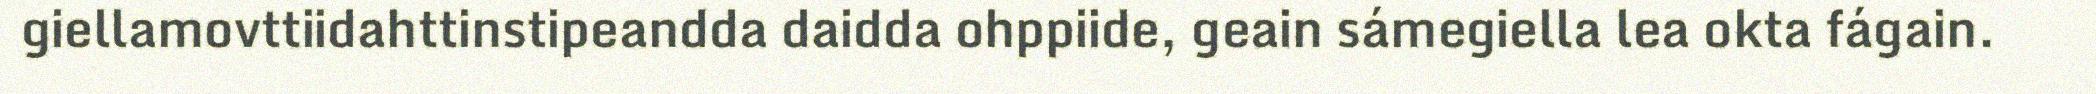
giellamovttiidahttinstipeandda daidda ohppiide, geain sámegiella lea okta fágain.